Report of the Municipal Commissioner on the plague in Bombay for the year ending 31st May... - Volume 2
Disease focus: Plague
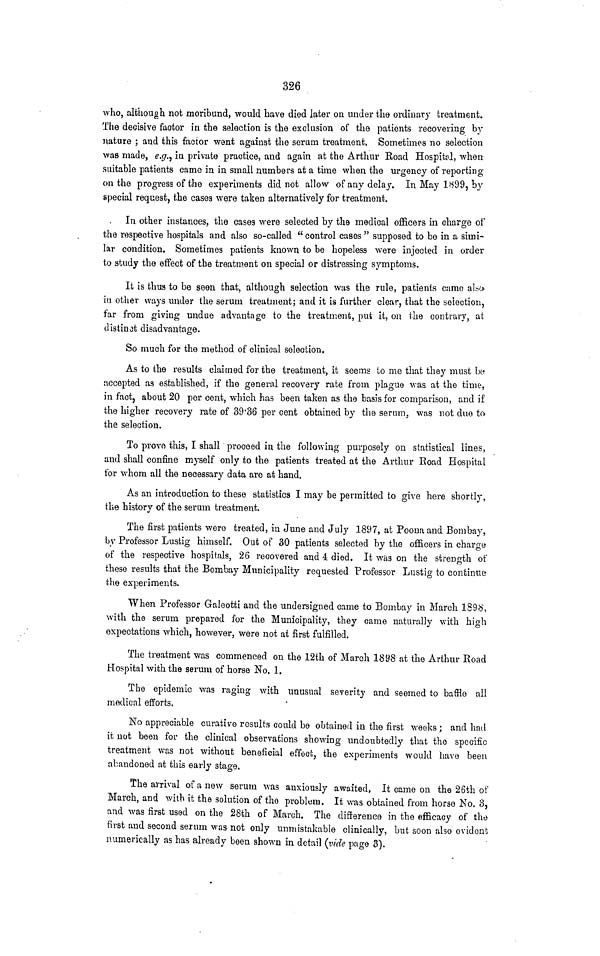
326
who,
although not moribund, would have died later ou under t
The decisive factor in the selection is the exclusion of the patients recovering by
nature ; and this factor went against the serum treatment. Sometimes no selection
was made, e.g., in private practice, and again at the Arthur Road Hospital, when
suitable patients came in in small numbers at a time when the urgency of reporting
on the progress of the experiments did not allow of any delay. In May 1899, by
special request, the cases were taken alternatively for treatment.
In other instances, the case3 were selected by the medical officers in charge of
the respective hospitals and also so-called "control cases " supposed to be in a simi-
lar condition. Sometimes patients known to be hopeless were injected in order
to study the effect of the treatment on special or distressing symptoms.
It is thus to be seen that, although selection was the rule, patients carao also
in other ways under the serum treatment; and it is further clear, that the selection,
far from giving undue advantage to the treatment, put it, on the contrary, at
distinct disadvantage.
So much for the method of clinical selection.
As to the results claimed for the treatment, it seems to me that they must be
accepted as established, if the general recovery rate from plague was at the time,
in fact, about 20 per cent, which has been taken as the basis for comparison, and if
the higher recovery rate of 39.36 per cent obtained by the serum, was not due ta
the selection.
To prove this, I shall proceed in the following purposely on statistical lines,
and shall confine myself only to the patients treated at the Arthur Road Hospital
for whom all the necessary data are at hand.
As an introduction to these statistics I may be permitted to give here shortly,
the history of the serum treatment.
The first patients were treated, in June and July 1897, at Poona and Bombay,
by Professor Lustig himself. Out of 30 patients selected by the officers in charge
of the respective hospitals, 26 recovered and 4 died. It was on the strength of
these results that the Bombay Municipality requested Professor Lustig to continue
the experiments.
When Professor Galeotti and the undersigned came to Bombay in March 1898,
with the serum prepared for the Municipality, they came naturally with high
expectations which, however, were not at first fulfilled.
The treatment was commenced on the 12th of March 1898 at the Arthur Road
Hospital with the serum of horse No. 1.
The epidemic was raging with unusual severity and seemed to baffle all
medical efforts,
No appreciable curative results could be obtained in the first weeks ; and had
it not been for the clinical observations showing undoubtedly that the specific
treatment was not without beneficial effect, the experiments would have been
abandoned at this early stage.
The arrival of a new serum was anxiously awaited, It came on the 26th of
March, and with it the solution of the problem. It was obtained from horse No. 3,
and was first used on the 28th of March. The difference in the efficacy of the
first and second serum was not only unmistakable clinically, but soon also evident
numerically as has already been shown in detail (vide page 3).